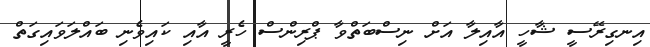
އިނގިރޭސީ ޝާހީ އާއިލާ އަށް ނިސްބަތްވާ ޕްރިންސް ހެރީ އާއި ކައިވެނި ބައްލަވައިގަތް